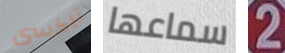
تاكسى سماعها 2